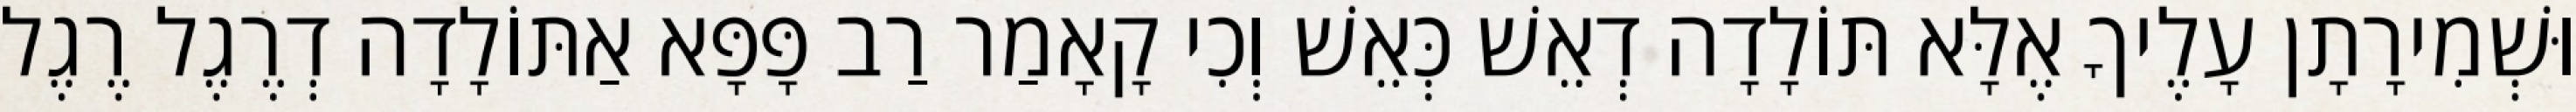
וּשְׁמִירָתָן עָלֶיךָ אֶלָּא תּוֹלָדָה דְאֵשׁ כְּאֵשׁ וְכִי קָאָמַר רַב פָּפָּא אַתּוֹלָדָה דְרֶגֶל רֶגֶל